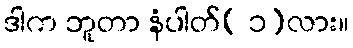
ဒါက ဘူတာ နံပါတ်( ၁)လား။